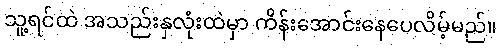
သူ့ရင်ထဲ အသည်းနှလုံးထဲမှာ ကိန်းအောင်းနေပေလိမ့်မည်။